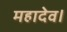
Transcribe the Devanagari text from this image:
महादेव।